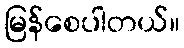
မြန်စေပါတယ်။